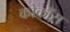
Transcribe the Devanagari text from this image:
कोकॉस